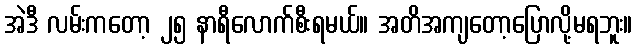
အဲဒီ လမ်းကတော့ ၂၅ နာရီလောက်စီးရမယ်။ အတိအကျတော့ပြောလို့မရဘူး။